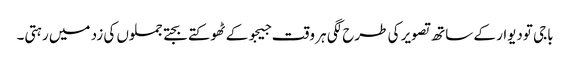
باجی تودیوار کے ساتھ تصویر کی طرح لگی ہر وقت جیجو کے ٹھوکتے بجتے جملوں کی زد میں رہتی۔